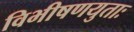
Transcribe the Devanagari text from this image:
विभीषणयुताः